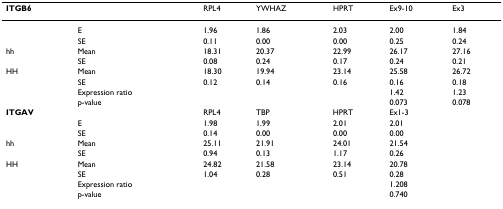
<table><thead><tr><td><b>ITGB6</b></td><td></td><td><b>RPL4</b></td><td><b>YWHAZ</b></td><td><b>HPRT</b></td><td><b>Ex9-10</b></td><td><b>Ex3</b></td></tr></thead><tbody><tr><td></td><td>E</td><td>1.96</td><td>1.86</td><td>2.03</td><td>2.00</td><td>1.84</td></tr><tr><td></td><td>SE</td><td>0.11</td><td>0.00</td><td>0.00</td><td>0.25</td><td>0.24</td></tr><tr><td>hh</td><td>Mean</td><td>18.31</td><td>20.37</td><td>22.99</td><td>26.17</td><td>27.16</td></tr><tr><td></td><td>SE</td><td>0.08</td><td>0.24</td><td>0.17</td><td>0.24</td><td>0.21</td></tr><tr><td>HH</td><td>Mean</td><td>18.30</td><td>19.94</td><td>23.14</td><td>25.58</td><td>26.72</td></tr><tr><td></td><td>SE</td><td>0.12</td><td>0.14</td><td>0.16</td><td>0.16</td><td>0.18</td></tr><tr><td></td><td>Expression ratio</td><td></td><td></td><td></td><td>1.42</td><td>1.23</td></tr><tr><td></td><td>p-value</td><td></td><td></td><td></td><td>0.073</td><td>0.078</td></tr><tr><td><b>ITGAV</b></td><td></td><td>RPL4</td><td>TBP</td><td>HPRT</td><td>Ex1-3</td><td></td></tr><tr><td></td><td>E</td><td>1.98</td><td>1.99</td><td>2.01</td><td>2.01</td><td></td></tr><tr><td></td><td>SE</td><td>0.14</td><td>0.00</td><td>0.00</td><td>0.00</td><td></td></tr><tr><td>hh</td><td>Mean</td><td>25.11</td><td>21.91</td><td>24.01</td><td>21.54</td><td></td></tr><tr><td></td><td>SE</td><td>0.94</td><td>0.13</td><td>1.17</td><td>0.26</td><td></td></tr><tr><td>HH</td><td>Mean</td><td>24.82</td><td>21.58</td><td>23.14</td><td>20.78</td><td></td></tr><tr><td></td><td>SE</td><td>1.04</td><td>0.28</td><td>0.51</td><td>0.28</td><td></td></tr><tr><td></td><td>Expression ratio</td><td></td><td></td><td></td><td>1.208</td><td></td></tr><tr><td></td><td>p-value</td><td></td><td></td><td></td><td>0.740</td><td></td></tr></tbody></table>